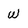
Character: W